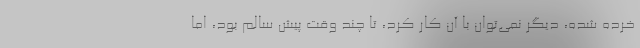
خرده شده، دیگر نمی‌توان با آن کار کرد، تا چند وقت پیش سالم بود، اما